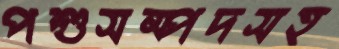
পশুসম্পদসহ